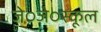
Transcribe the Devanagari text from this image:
जे०जे०स्कूल